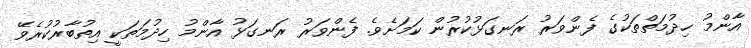
އާންމު ހިދުމަތްތަކުގެ ފެންވަރު ރަނގަޅުކުރުން ކަމަށެވެ. ފެންވަރު ރަނގަޅު އާންމު ހިދުމަތަކީ އިތުބާރުކުރެވޭ